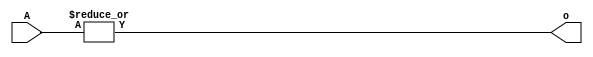
`timescale 1ns / 1ps
//////////////////////////////////////////////////////////////////////////////////
// Company: 
// Engineer: 
// 
// Design Name: 
// Module Name:    or_bit_32 
// Project Name: 
// Target Devices: 
// Tool versions: 
// Description: 
//
// Dependencies: 
//
// Revision: 
// Revision 0.01 - File Created
// Additional Comments: 
//
//////////////////////////////////////////////////////////////////////////////////
module or_bit_32(
input[31:0] A,
output o
    );

assign o=|A[31:0];

endmodule